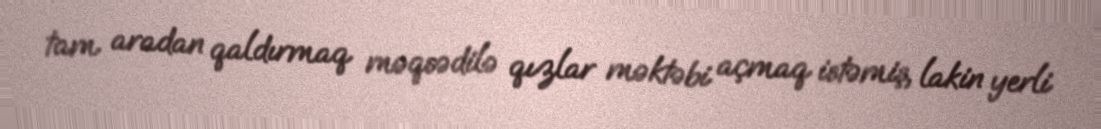
tam aradan qaldırmaq məqsədilə qızlar məktəbi açmaq istəmiş, lakin yerli